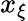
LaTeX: x_{\xi}